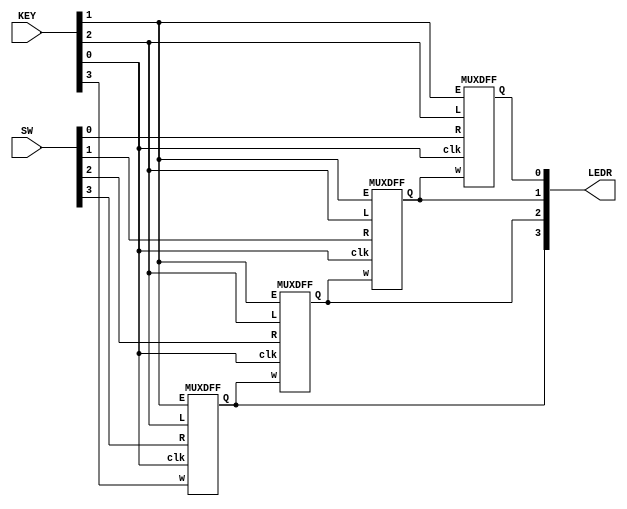
module top_module (
    input [3:0] SW,
    input [3:0] KEY,
    output [3:0] LEDR
); //
    
    MUXDFF d0(KEY[0], LEDR[1], SW[0], KEY[1], KEY[2], LEDR[0]);
    MUXDFF d1(KEY[0], LEDR[2], SW[1], KEY[1], KEY[2], LEDR[1]);
    MUXDFF d2(KEY[0], LEDR[3], SW[2], KEY[1], KEY[2], LEDR[2]);
    MUXDFF d3(KEY[0], KEY[3], SW[3], KEY[1], KEY[2], LEDR[3]);

endmodule

module MUXDFF (
    input clk,
    input w, R, E, L,
    output reg Q);
    
    wire q_in;
    assign q_in = (E&L)? R:
        (~E&L)? R:
        (~E&~L)? Q:
        (E&~L)? w : 0;
    always @(posedge clk) begin
          Q <= q_in;
    end
endmodule